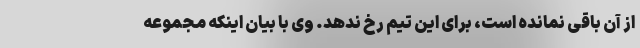
از آن باقی نمانده است، برای این تیم رخ ندهد. وی با بیان اینکه مجموعه